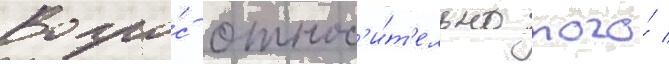
Вопро́с относ'и́т'ельно того́ /